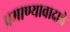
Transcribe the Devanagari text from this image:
प्रमाण्यावादाचे